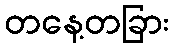
တနေ့တခြား